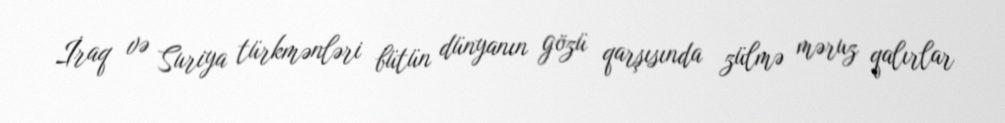
İraq və Suriya türkmənləri bütün dünyanın gözü qarşısında zülmə məruz qalırlar